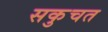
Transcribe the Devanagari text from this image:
सकुचत